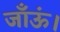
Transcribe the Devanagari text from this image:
जाँऊं।